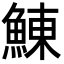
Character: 鯟